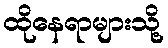
ထိုနေရာများသို့